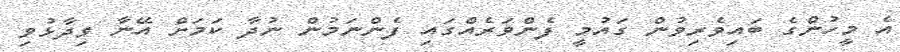
އެ މީހުންގެ ބައިވެރިވުން ގައުމީ ފެންވަރެއްގައި ފެންނަމުން ނުދާ ކަމަށް އޭނާ ވިދާޅުވި